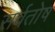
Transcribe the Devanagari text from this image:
सर्वतोष